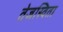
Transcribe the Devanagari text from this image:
तेजस्‍विता